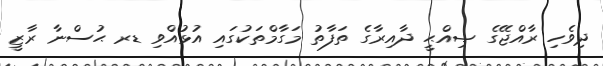
ދިވެހި ރާއްޖޭގެ ޞިއްޙީ ދާއިރާގެ ތަފާތު މަގާމްތަކުގައި އުޅުއްވި ޑރ ޙުސްނާ ރާޒީ